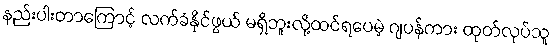
နည်းပါးတာကြောင့် လက်ခံနိုင်ဖွယ် မရှိဘူးလို့ထင်ရပေမဲ့ ဂျပန်ကား ထုတ်လုပ်သူ